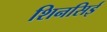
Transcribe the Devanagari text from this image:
शिनसिई